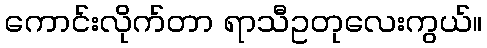
ကောင်းလိုက်တာ ရာသီဥတုလေးကွယ်။